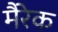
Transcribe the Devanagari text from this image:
मैरेक